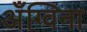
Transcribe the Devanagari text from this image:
अँग्विना